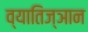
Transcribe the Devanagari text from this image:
व्यातिज्ञान